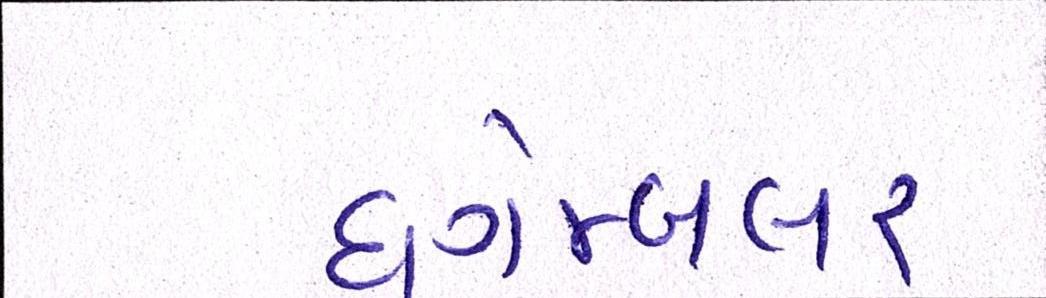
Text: ધગેમ્બલર